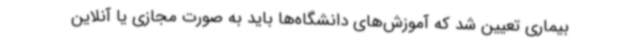
بیماری تعیین شد که آموزش‌های دانشگاه‌ها باید به صورت مجازی یا آنلاین